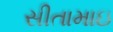
સીતામાઇ